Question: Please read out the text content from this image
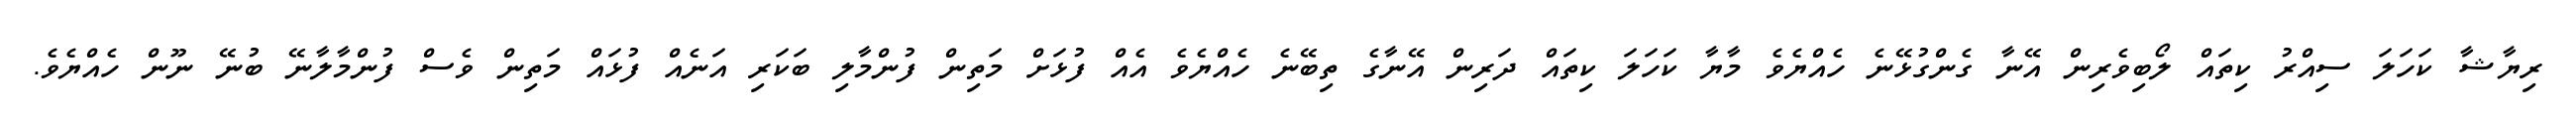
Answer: ރިޔާޝާ ކަހަލަ ސިއްރު ކިތައް ލޯބިވެރިން އޭނާ ގެންގުޅޭނެ ހެއްޔެވެ މާޔާ ކަހަލަ ކިތައް ދަރިން އޭނާގެ ތިބޭނެ ހެއްޔެވެ އެއް ފުޅަށް މަތިން ފުންމާލި ބަކަރި އަނެއް ފުޅައް މަތިން ވެސް ފުންމާލާނޭ ބުނޭ ނޫން ހެއްޔެވެ.